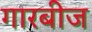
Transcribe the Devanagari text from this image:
गारबीज